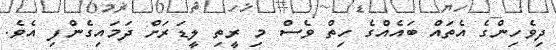
ދިވެހިންގެ އެތައް ބައެއްގެ ހިތް ވެސް މި ރީތި ލީޑަރަށް ދަމައިގެންފި އެވެ.